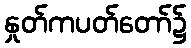
နှုတ်ကပတ်တော်၌